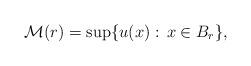
LaTeX: \begin{align*}\mathcal{M}(r) = \sup\{u(x):\, x\in B_r\},\end{align*}